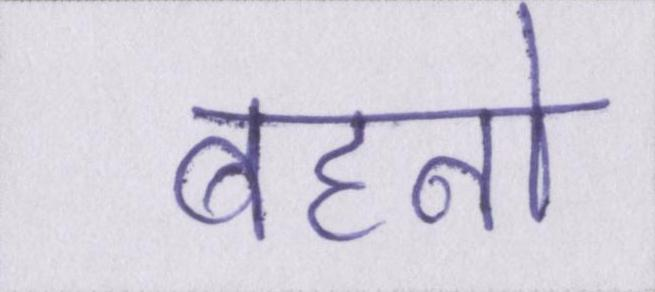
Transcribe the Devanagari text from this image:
बहनो